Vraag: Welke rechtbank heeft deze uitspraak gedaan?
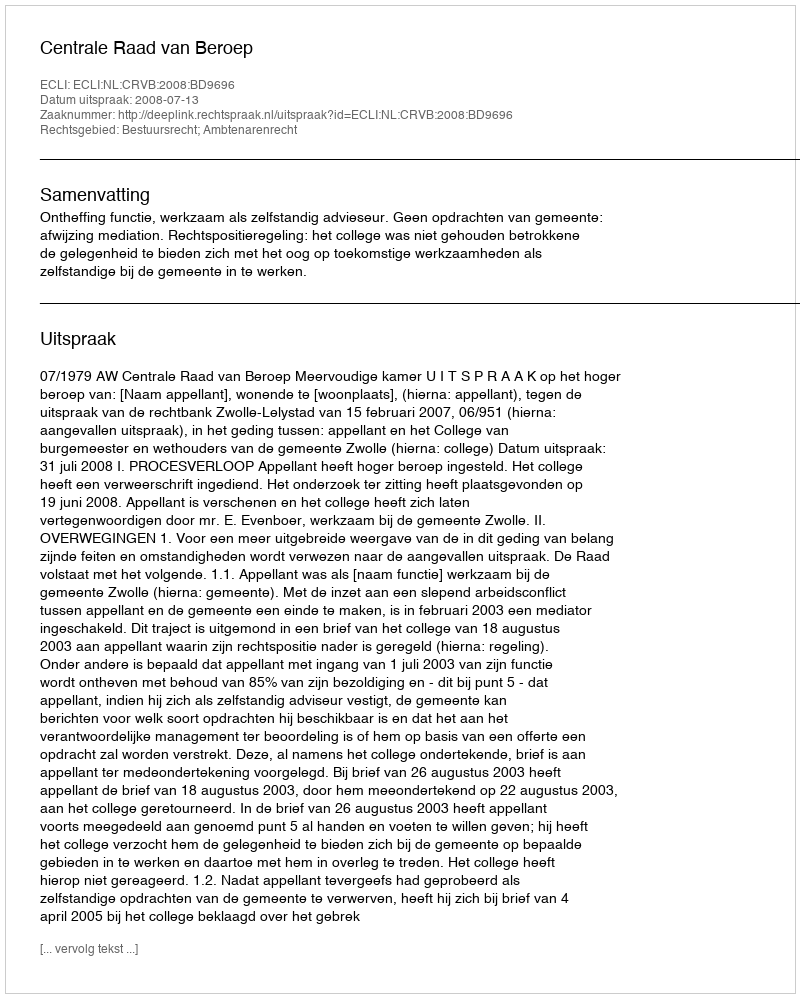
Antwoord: Centrale Raad van Beroep